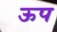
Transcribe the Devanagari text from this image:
ऊप